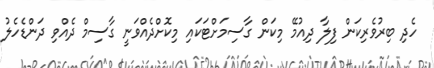
ހެދި ބިރުވެރިކަން ފިލާ ދިއުމޭ މިކަން ގާސިމަށްޓަކައި މިކޮށްދެއްވަނީ ގާސިމް ދެއްވި ދަންޑެހެލު